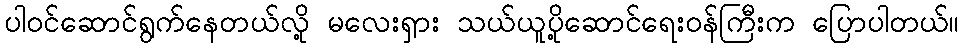
ပါဝင်ဆောင်ရွက်နေတယ်လို့ မလေးရှား သယ်ယူပို့ဆောင်ရေးဝန်ကြီးက ပြောပါတယ်။